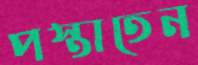
পস্তাতেন